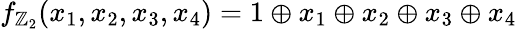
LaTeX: \begin{array}{r}{f_{\mathbb{Z}_{2}}(x_{1},x_{2},x_{3},x_{4})=1\oplus x_{1}\oplus x_{2}\oplus x_{3}\oplus x_{4}}\end{array}